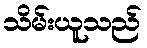
သိမ်းယူသည်